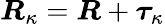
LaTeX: \boldsymbol{R}_{\kappa}=\boldsymbol{R}+\boldsymbol{\tau}_{\kappa}